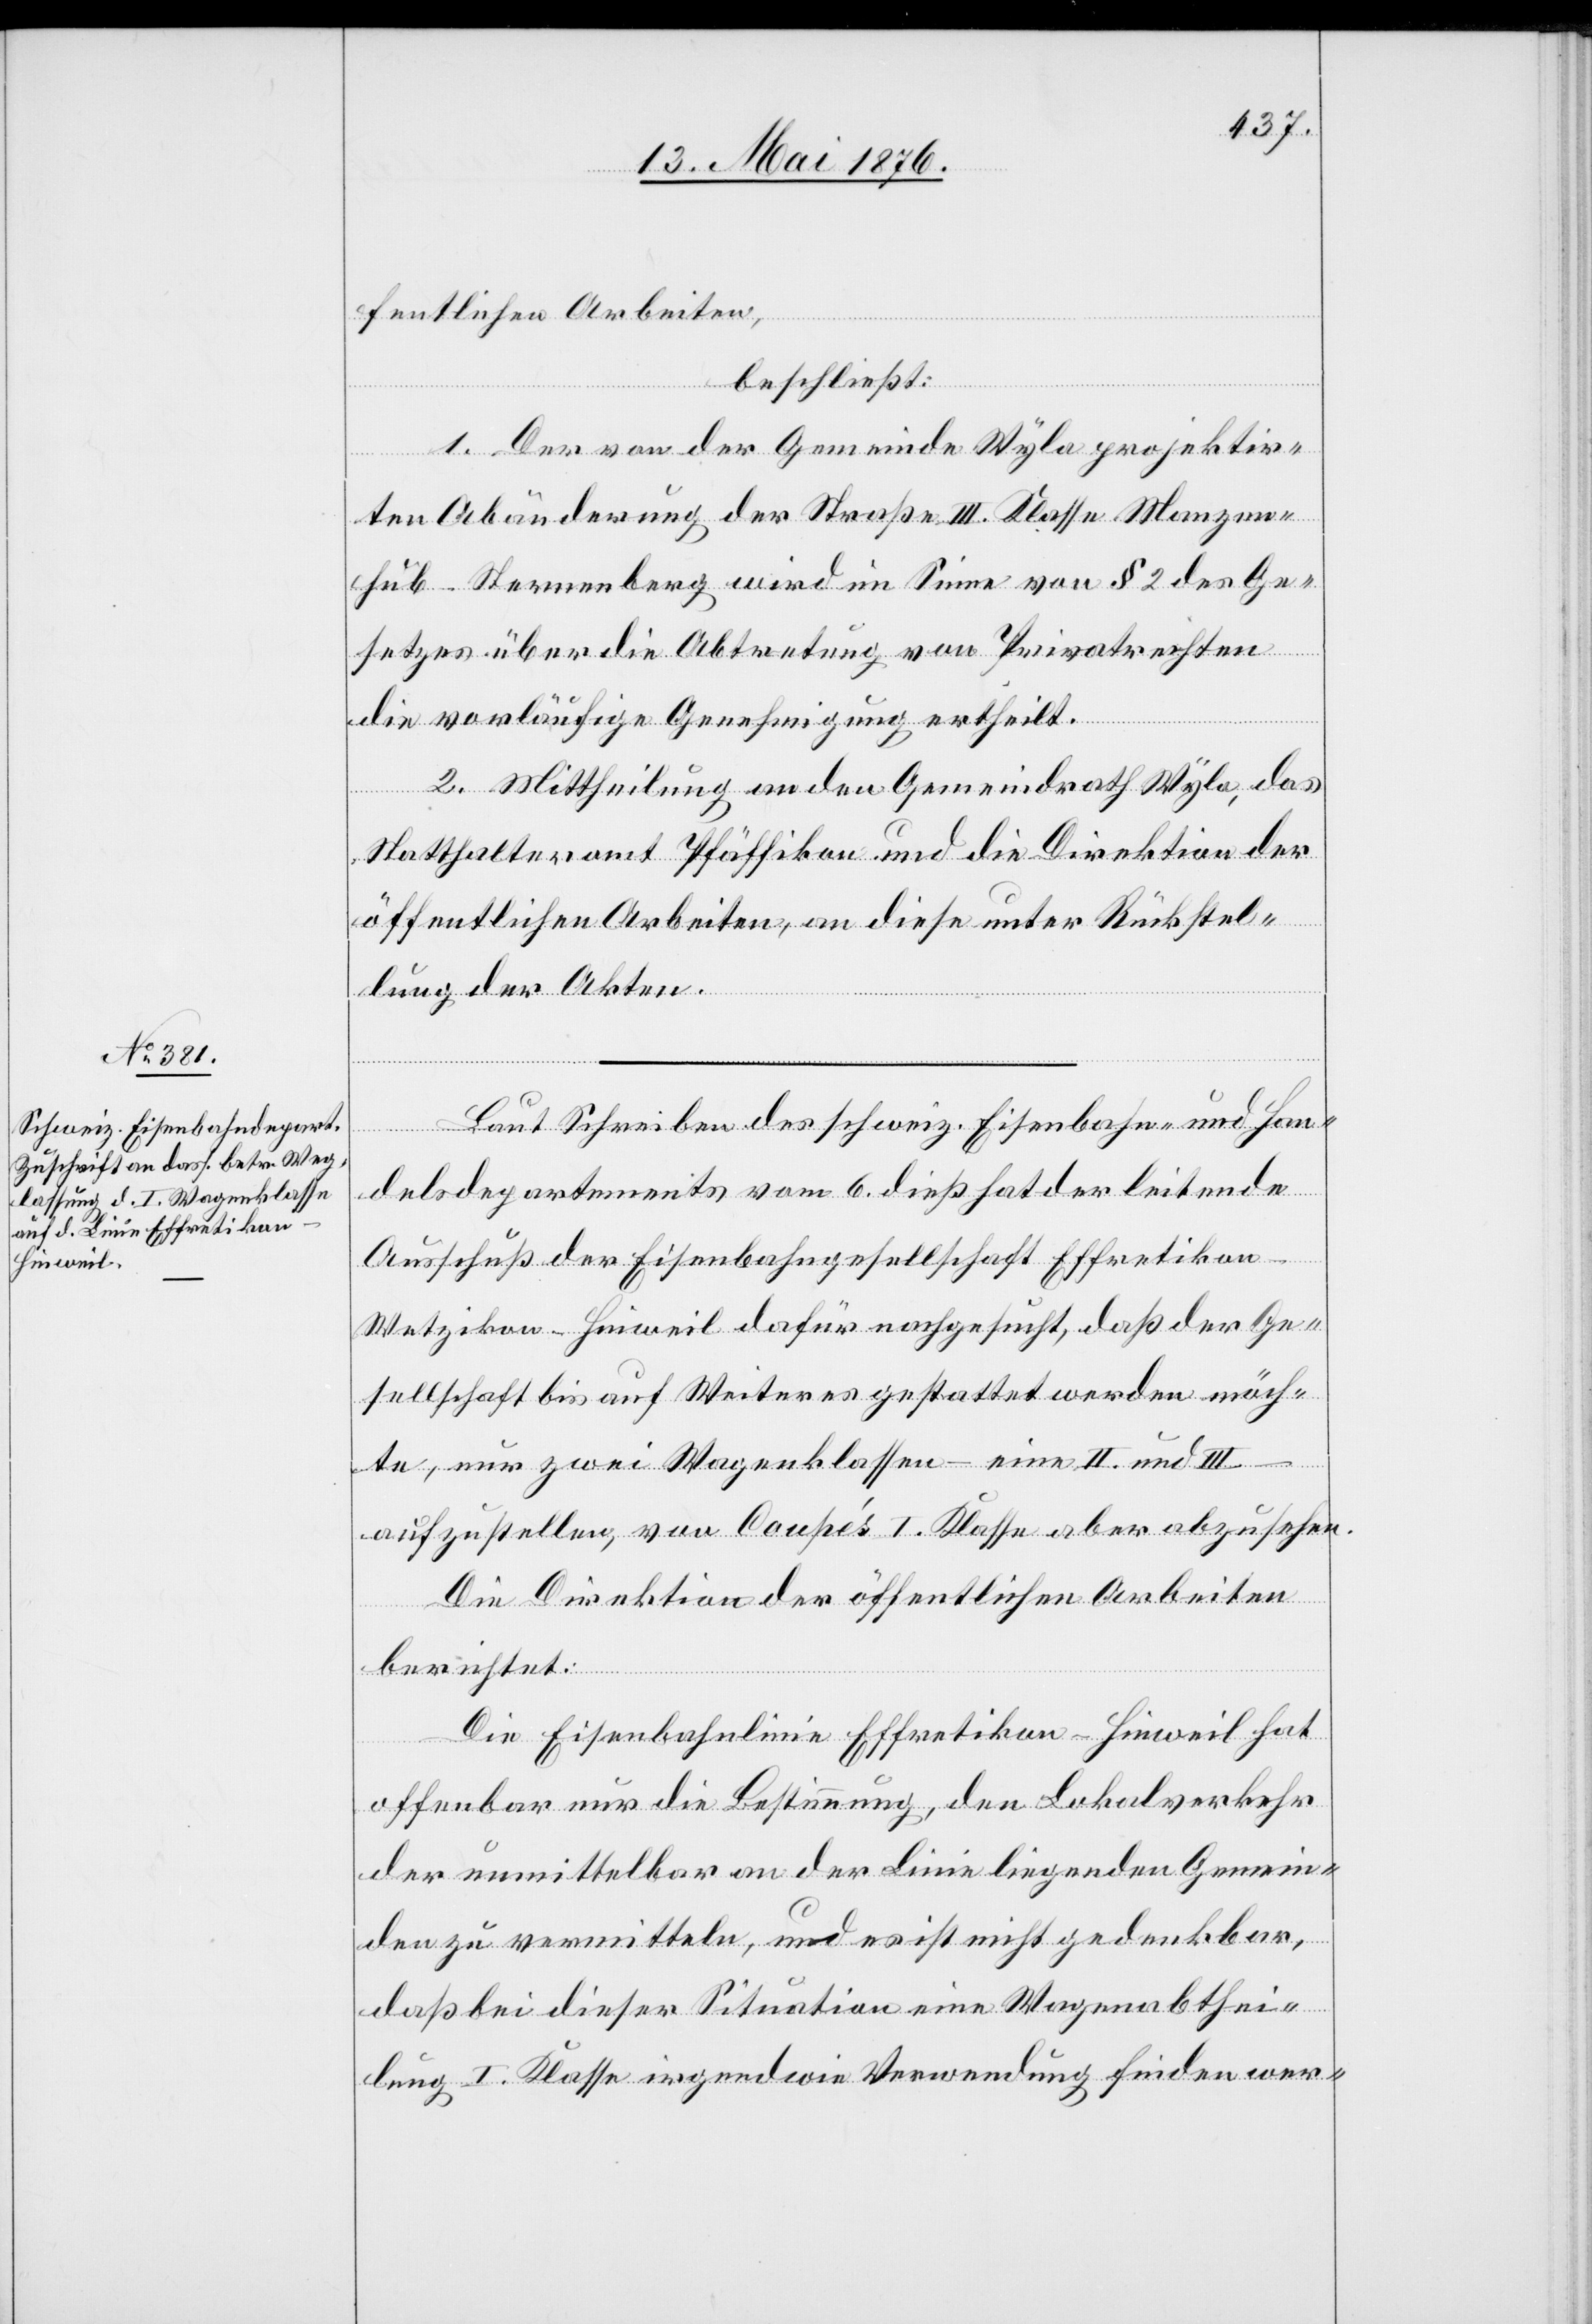
fentlichen Arbeiten,
beschließt:
1. Der von der Gemeinde Wyla projektir¬
ten Abänderung der Straße III. Klasse Manzen¬
hub–Sternenberg wird im Sinne von § 2 des Ge¬
setzes über die Abtretung von Privatrechten
die vorläufige Genehmigung ertheilt.
2. Mittheilung an den Gemeindrath Wyla, das
Statthalteramt Pfäffikon und die Direktion der
öffentlichen Arbeiten, an diese unter Rückstel¬
lung der Akten.
Laut Schreiben des schweiz. Eisenbahn- und Han¬
delsdepartements vom 6. dieß hat der leitende
Ausschuß der Eisenbahngesellschaft Effretikon–W¬
etzikon–Hinweil dafür nachgesucht, daß der Ge¬
sellschaft bis auf Weiteres gestattet werden möch¬
te, nur zwei Wagonklassen – eine II. und III.
aufzustellen, von Coupés I. Klasse aber abzusehen.
Die Direktion der öffentlichen Arbeiten
berichtet:
Die Eisenbahnlinie Effretikon–Hinweil hat
offenbar nur die Bestimmung, den Lokalverkehr
der unmittelbar an der Linie liegenden Gemein¬
den zu vermitteln, und es ist nicht gedenkbar,
daß bei dieser Situation eine Wagonabthei¬
lung I. Klasse irgendwie Verwendung finden wer-